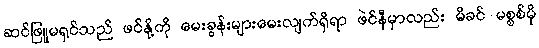
ဆင်ဖြူမရှင်သည် ဖင်နို့ကို မေးခွန်းများမေးလျက်ရှိရာ ဖဲင်နီမှာလည်း မိခင် မစ္စစ်မို